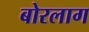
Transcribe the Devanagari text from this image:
बोरलाग